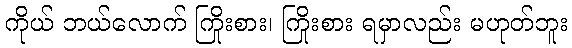
ကိုယ် ဘယ်လောက် ကြိုးစား၊ ကြိုးစား ရမှာလည်း မဟုတ်ဘူး